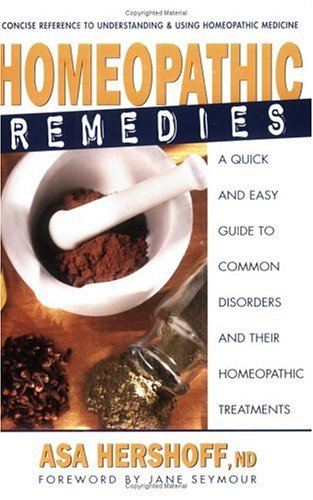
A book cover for Homeopathic Remedies: A Quick and Easy Guide to Common Disorders and Their Homeopathic Treatments; Asa Hershoff; Health, Fitness & Dieting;